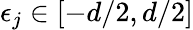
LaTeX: \epsilon_{j}\in\left[-d/2,d/2\right]